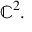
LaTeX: \mathbb { C } ^ { 2 } .